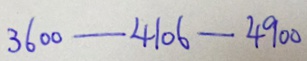
3 6 0 0 - 4 1 0 6 - 4 9 0 0